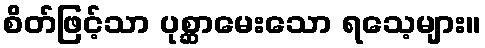
စိတ်ဖြင့်သာ ပုစ္ဆာမေးသော ရသေ့များ။